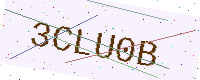
Text: 3CLU0B